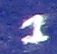
1